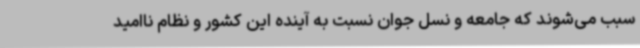
سبب می‌شوند که جامعه و نسل جوان نسبت به آینده این کشور و نظام ناامید